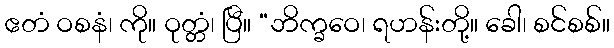
ဧတံ ဝစနံ၊ ကို။ ဝုတ္တံ၊ ပြီ။ “ဘိက္ခဝေ၊ ရဟန်းတို့။ ခေါ၊ စင်စစ်။